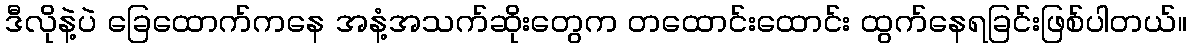
ဒီလိုနဲ့ပဲ ခြေထောက်ကနေ အနံ့အသက်ဆိုးတွေက တထောင်းထောင်း ထွက်နေရခြင်းဖြစ်ပါတယ်။